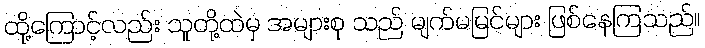
ထို့ကြောင့်လည်း သူတို့ထဲမှ အများစု သည် မျက်မမြင်များ ဖြစ်နေကြသည်။